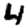
Digit: 4